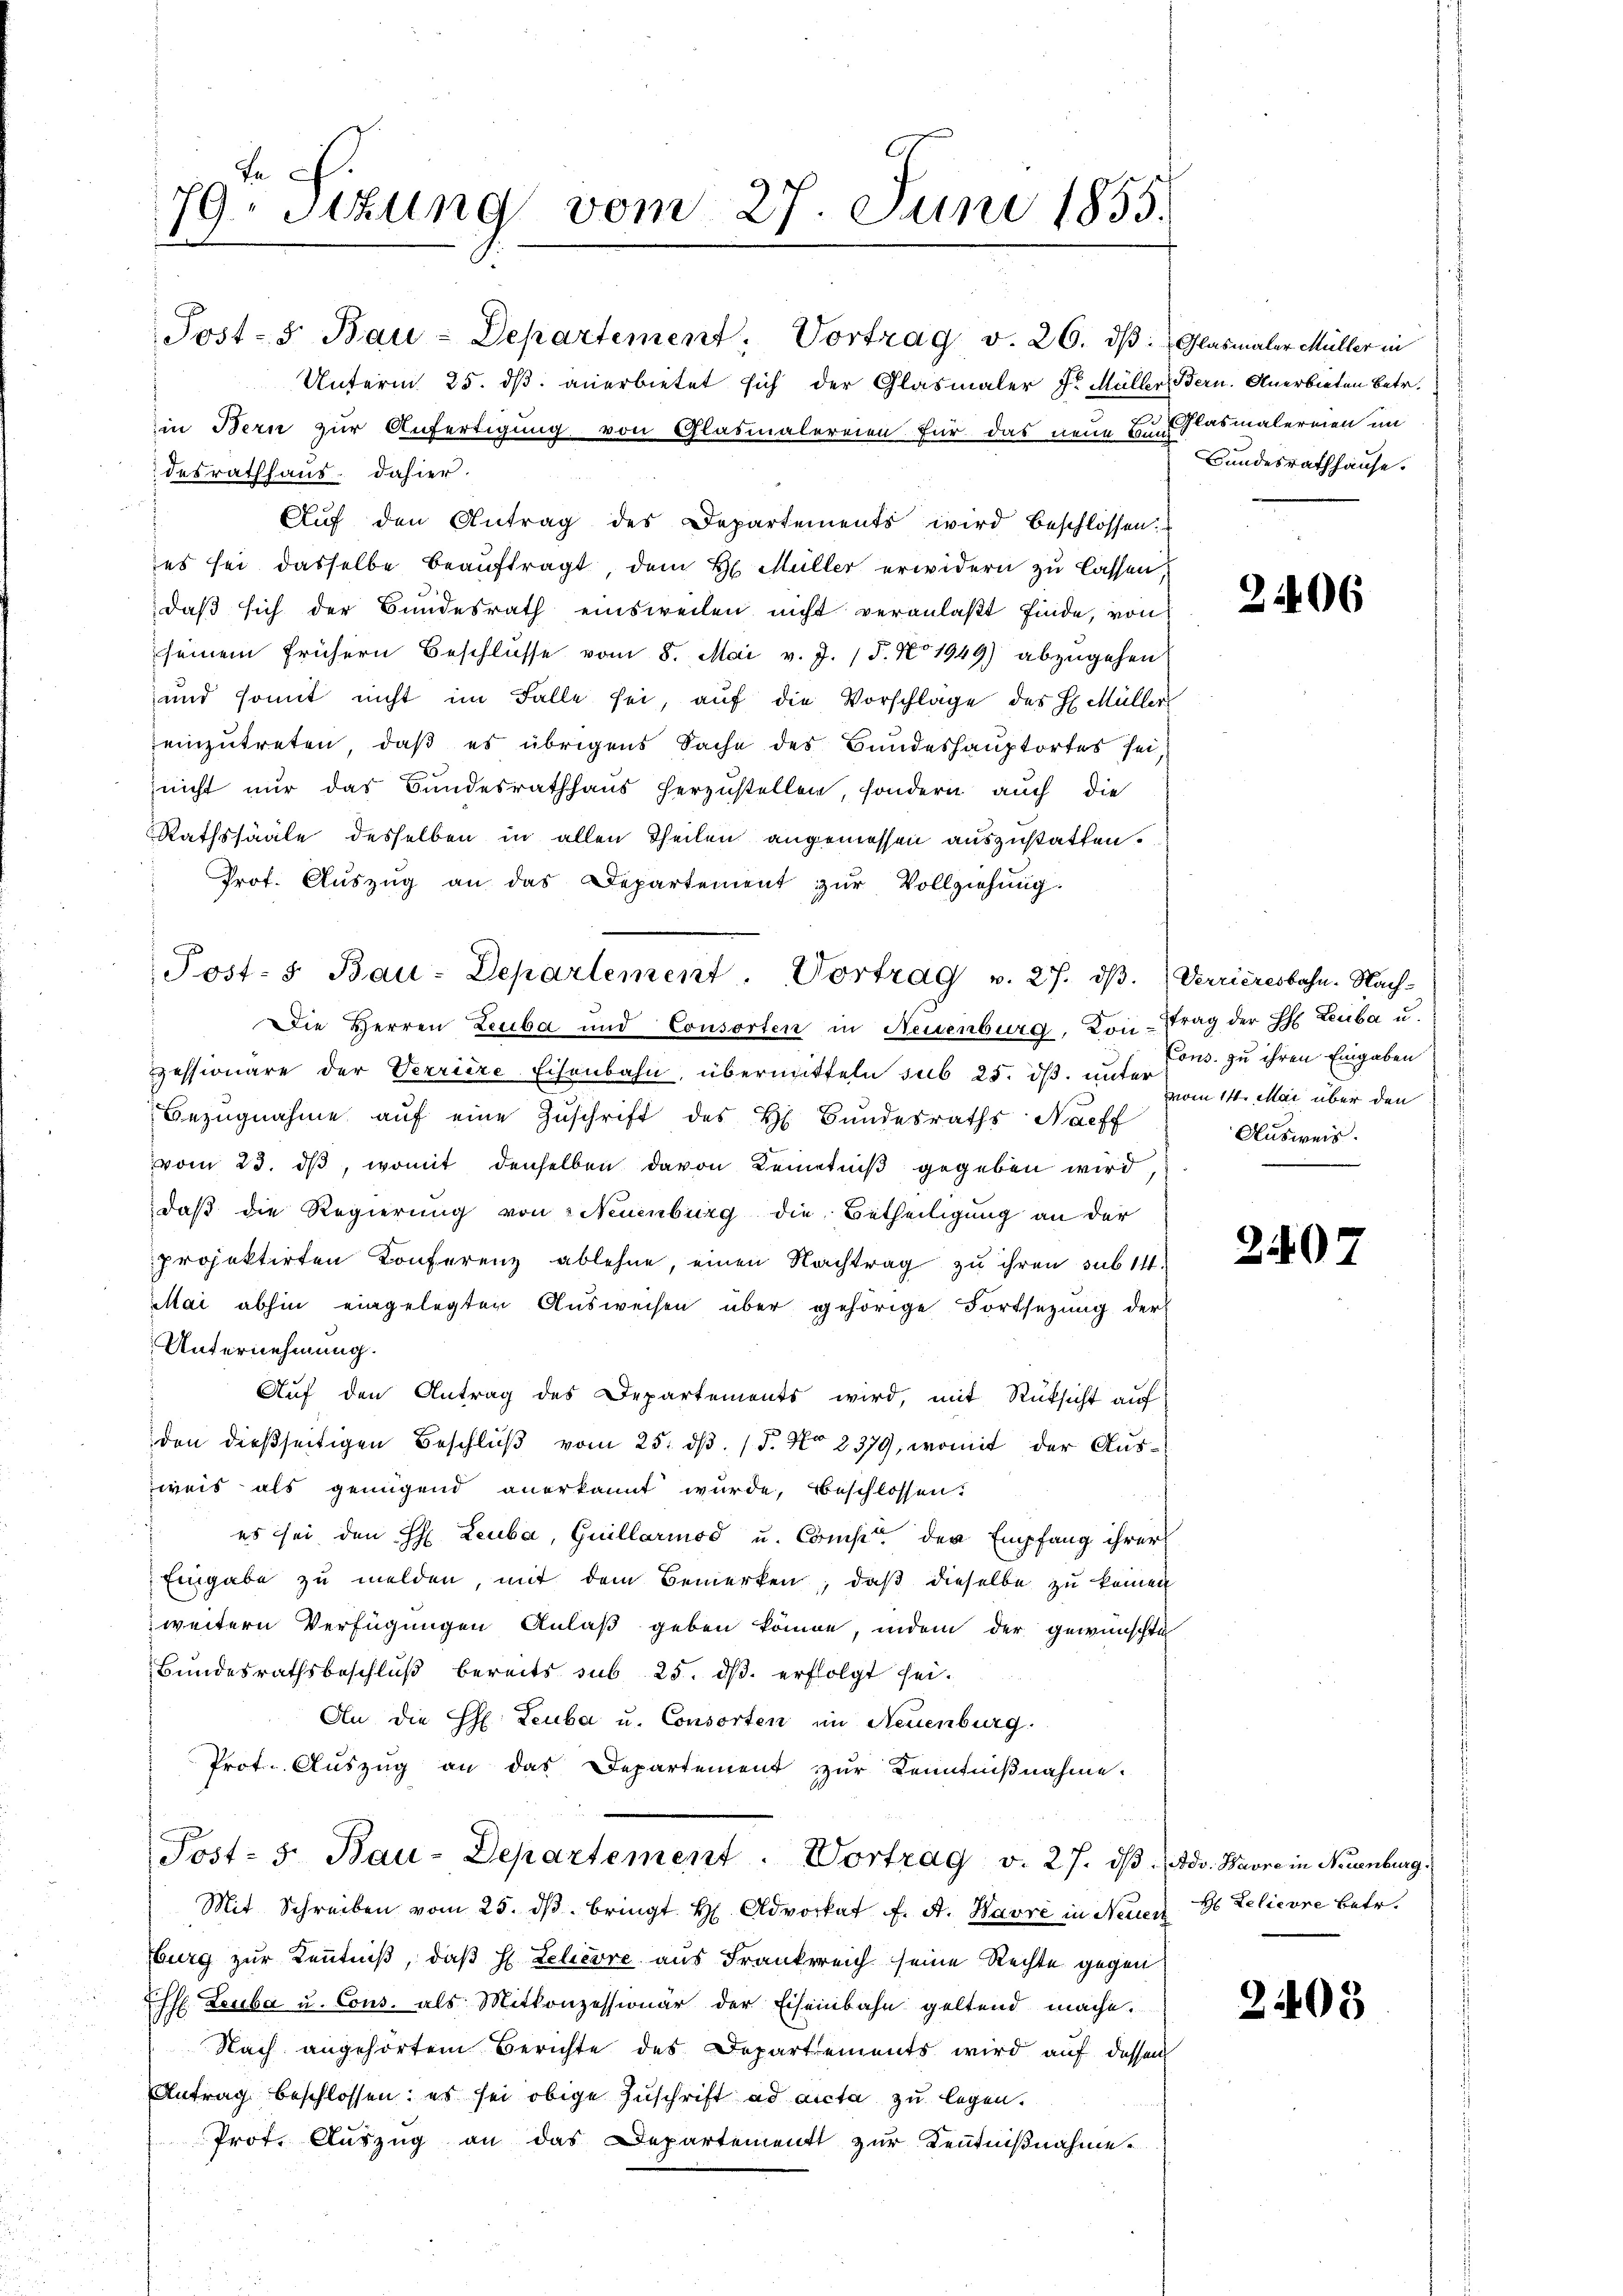
Unterm 25. dß. anerbietet sich der Glasmaler Fr. Müller Bern. Anerbieten Betr.
in Bern zur Anfertigung von Glasmalereien für das neue Bund Kasmalereien im
desrathhaus dahier.
Aŭf den Antrag des Departements wird beschlossen:
es sei dasselbe beauftragt, dem H. Müller erwidern zu lassen,
daß sich der Bundesrath einsweilen nicht veranlaßt finde, von
seinem frühern Beschlüsse vom 8. Mai v. J. (T. No 1949) abzugehen
und somit nicht im Falle sei, auf die Vorschlage des H. Müller
einzutreten, daß es übrigens Sache des Bundeshauptortes sei,
zeicht nur das Bundesrathhaus herzustellen, sondern auch die
Rathssääle desselben in allen Theilen angemessen auszustatten.
Prot. Aŭszŭg an das Departement zur Vollziehung.

a
79 sizung vom 27. Juni 1855.

Post-S. Bau-Departement: Vortrag v. 26. dβ: Glasmaler Müller in

Bundesrathhause.

Post- 5. Bau-Departement. Vortrag v. 27. dβ. Verrieresbahn-Nach-
Die Herren Leuba und Consorten in Neuenburg. Kontrag der H. Leuba u.

zessionäre der Verriere Eisenbahn, übermitteln sub 25. dß. unter vom 14. Mai über den
Bezŭgnahme aŭf eine Zuschrift des H. Bundesraths Nachf
vom 23. ds, womit denselben davon Kenntniß gegeben wird,
daß die Regierung von Neuenburg die Betheiligung an der
Projektirten Konferenz ablehne, einen Nachtrag zu ihren sub 14.
Mai abhin eingelegten Ausweisen über gehörige Fortsetzung der
Unternehmung.
Auf den Antrag des Departements wird, mit Rüksicht auf
den dießseitigen Beschlŭβ vom 25. dβ. / 5. No 8379, womit der Ausweis als genügend anerkannt wurde, beschlossen.
es sei den H: Leuba, Guillariod u. Comp. der Empfang ihrer
Eingabe zu melden, mit dem Bemerken, daß dieselbe zu keinen
weitern Verfügungen Anlaß geben könne, indem der gewünschte
Bundesrathsbeschluß bereits sub 25. dß erfolgt sei.
An die H. Leuba u. Consorten im Neuenburg.
Prot. Auszug an das Departement zur Kenntnißnahme.
Post- 5. Bau-Departement. Vortrag v. 27. dβ. Adv. Havre in Neuenburg,
Mit Schreiben vom 25. dβ. bringt H. Advokat f. A. Havre in Neuen Ob Zelievre betr.
Burg zur Kenntniß, daß H. Lelcore aus Frankreich seine Rechte gegen
Ehll. Leuba u. Cons. als Mitkonzessionär der Eisenbahn geltend mache.
Nach angehörtem Berichte des Departements wird auf dessen
Antrag beschlossen: es sei obige Zuschrift ad acta zu legen.
Prof. Auszug an das Departement zur Kenntnißnahme

2406

Cons. zu ihren Eingaben
Ausweis.

24407

24403